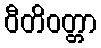
ဝီတိဝတ္တာ